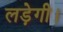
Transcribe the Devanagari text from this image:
लड़ेगी।